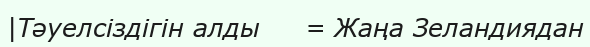
|Тәуелсіздігін алды     = Жаңа Зеландиядан